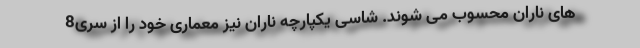
های ناران محسوب می شوند. شاسی یکپارچه ناران نیز معماری خود را از سری8